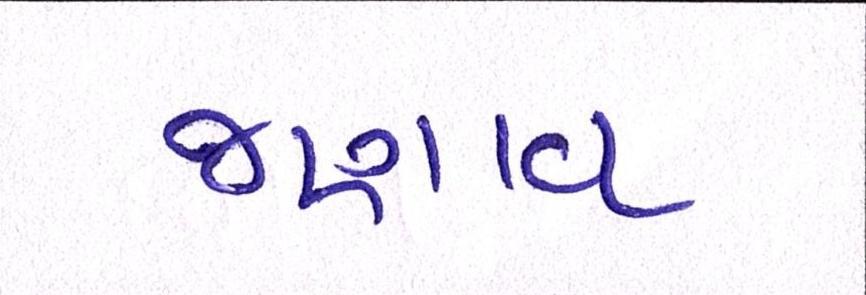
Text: જણાવ